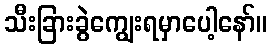
သီးခြားခွဲကျွေးရမှာပေါ့နော်။